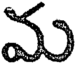
మ